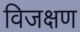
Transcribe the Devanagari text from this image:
विजक्षण